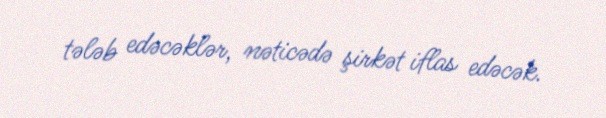
tələb edəcəklər, nəticədə şirkət iflas edəcək.